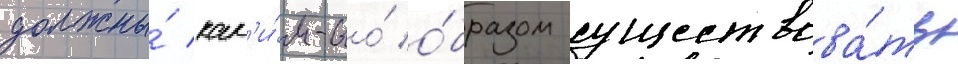
должны́ как'и́м-то́ о́бразом существова́ть